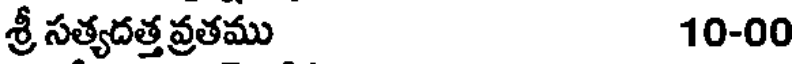
శ్రీ సత్యదత్తవ్రతము 10-00